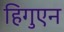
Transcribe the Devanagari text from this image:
हिगुएन